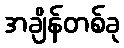
အချိန်တစ်ခု